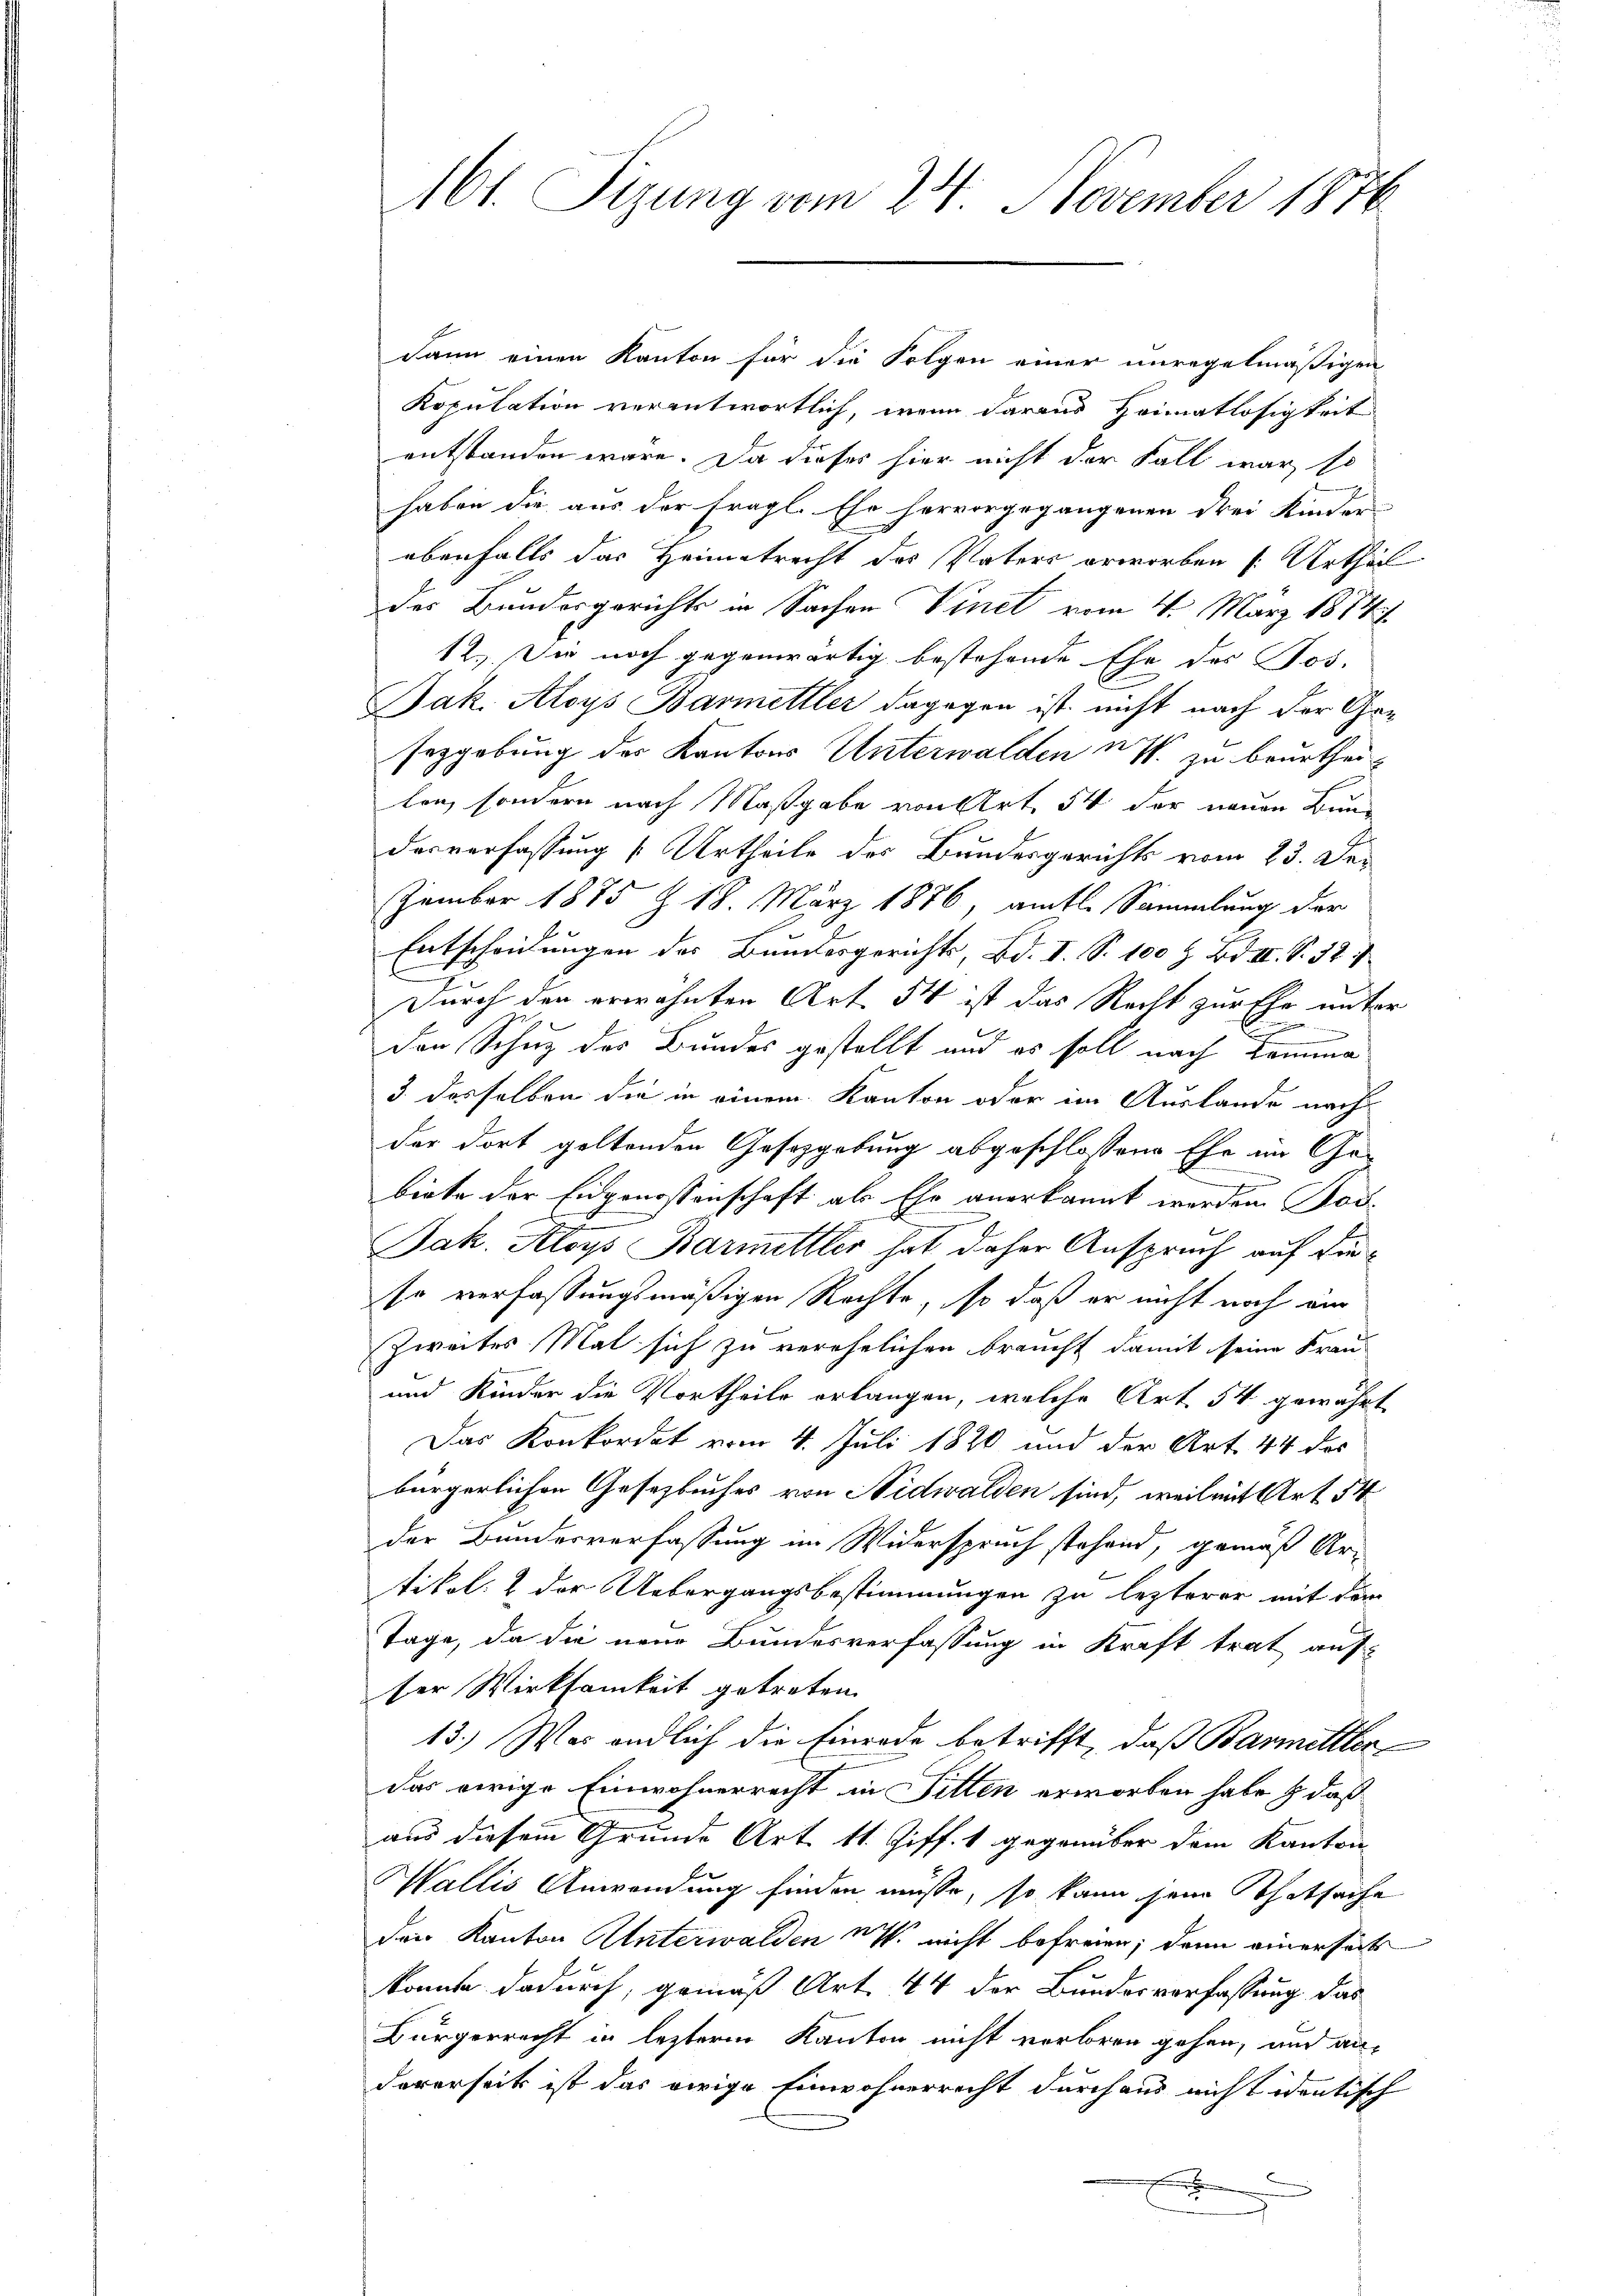
161. Sizung vom 24. November 1876

dann einen Kanton für die Folgen einer unregelmäßigen
Kopulation verantwortlich, wenn daraus Heimatlosigkeit
entstanden wäre. Da dieses hier nicht der Fall war, so
haben die aus der fragl. Ehe hervorgegangenen drei Kinder
ebenfalls das Heimatrecht des Vaters erworben (: Urtheil
des Bundesgerichts in Sachen Vinet vom 4. März 1884/
12.) Die noch gegenwärtig bestehende Ehe des Jos.
Jak. Aloys Barmittler dagegen ist nicht nach der Gesepgebung des Kantons Unterwalden u. zu beurtheilen, sondern nach Maßgabe von Art. 54 der neuen Bund
desverfassung (Urtheile des Bundesgerichts vom 23. Dezember 1875 § 18. März 1876, amtl. Sammlung der
Entscheidungen des Bundesgerichts, Bd. I. S. 100 l. Bd. II. S. 32
Durch den erwähnten Art. 54 ist das Recht zurthe unter
u
.
d
den Schuz des Bundes gestellt und es soll nach Komma
3. dasselben die in einem Kanton oder im Auslande nach
der dort geltenden Gesetzgebung abgeschlossene Ehe im Ge-
.
biete der Eidgenossenschaft als Ehe anerkannt werden Pod-
Jak. Aloys Barmittler hat daher Anspruch auf die
so verfassungsmäßigen Rechte, so daß er nicht noch am
Zweites Mal sich zu verehelichen braucht damit seine Frau
und Kinder die Vortheile erlangen, welche Art. 54 gewährt
Das Konkordat vom 4. Juli 1820 und der Art. 44 des
bürgerlichen Gesetzbuches von Nidwalden sind, weil mit Art. 54
der Bundesverfassung im Widerspruch stehend, gemäß Ar-
tikol. 2 der Uebergangsbestimmungen zu lezterer mit dem
Tage, da die neue Bundesverfassung in Kraft trat aufser Wirksamkeit getreten.
13.) Was endlich die Einrade betrifft, daß Barmittlerdas ewige Einwohnerrecht in Sitten erworben habe & daß
aus diesem Grunde Art. 11. Ziff. 1 gegenüber dem Kanton
Wallis Anwendung finden müsse, so kann seine Thatsache
den Kanton Unterwalden u. nicht befreien; dann einersäch
konnte dadurch, gemäß Art. 44 der Bundesverfassung das
Bürgerrecht in letzterm Kanton nicht verloren gehen, und andarerseits ist das orige Einwohnerrecht durchaus nicht identisch
.